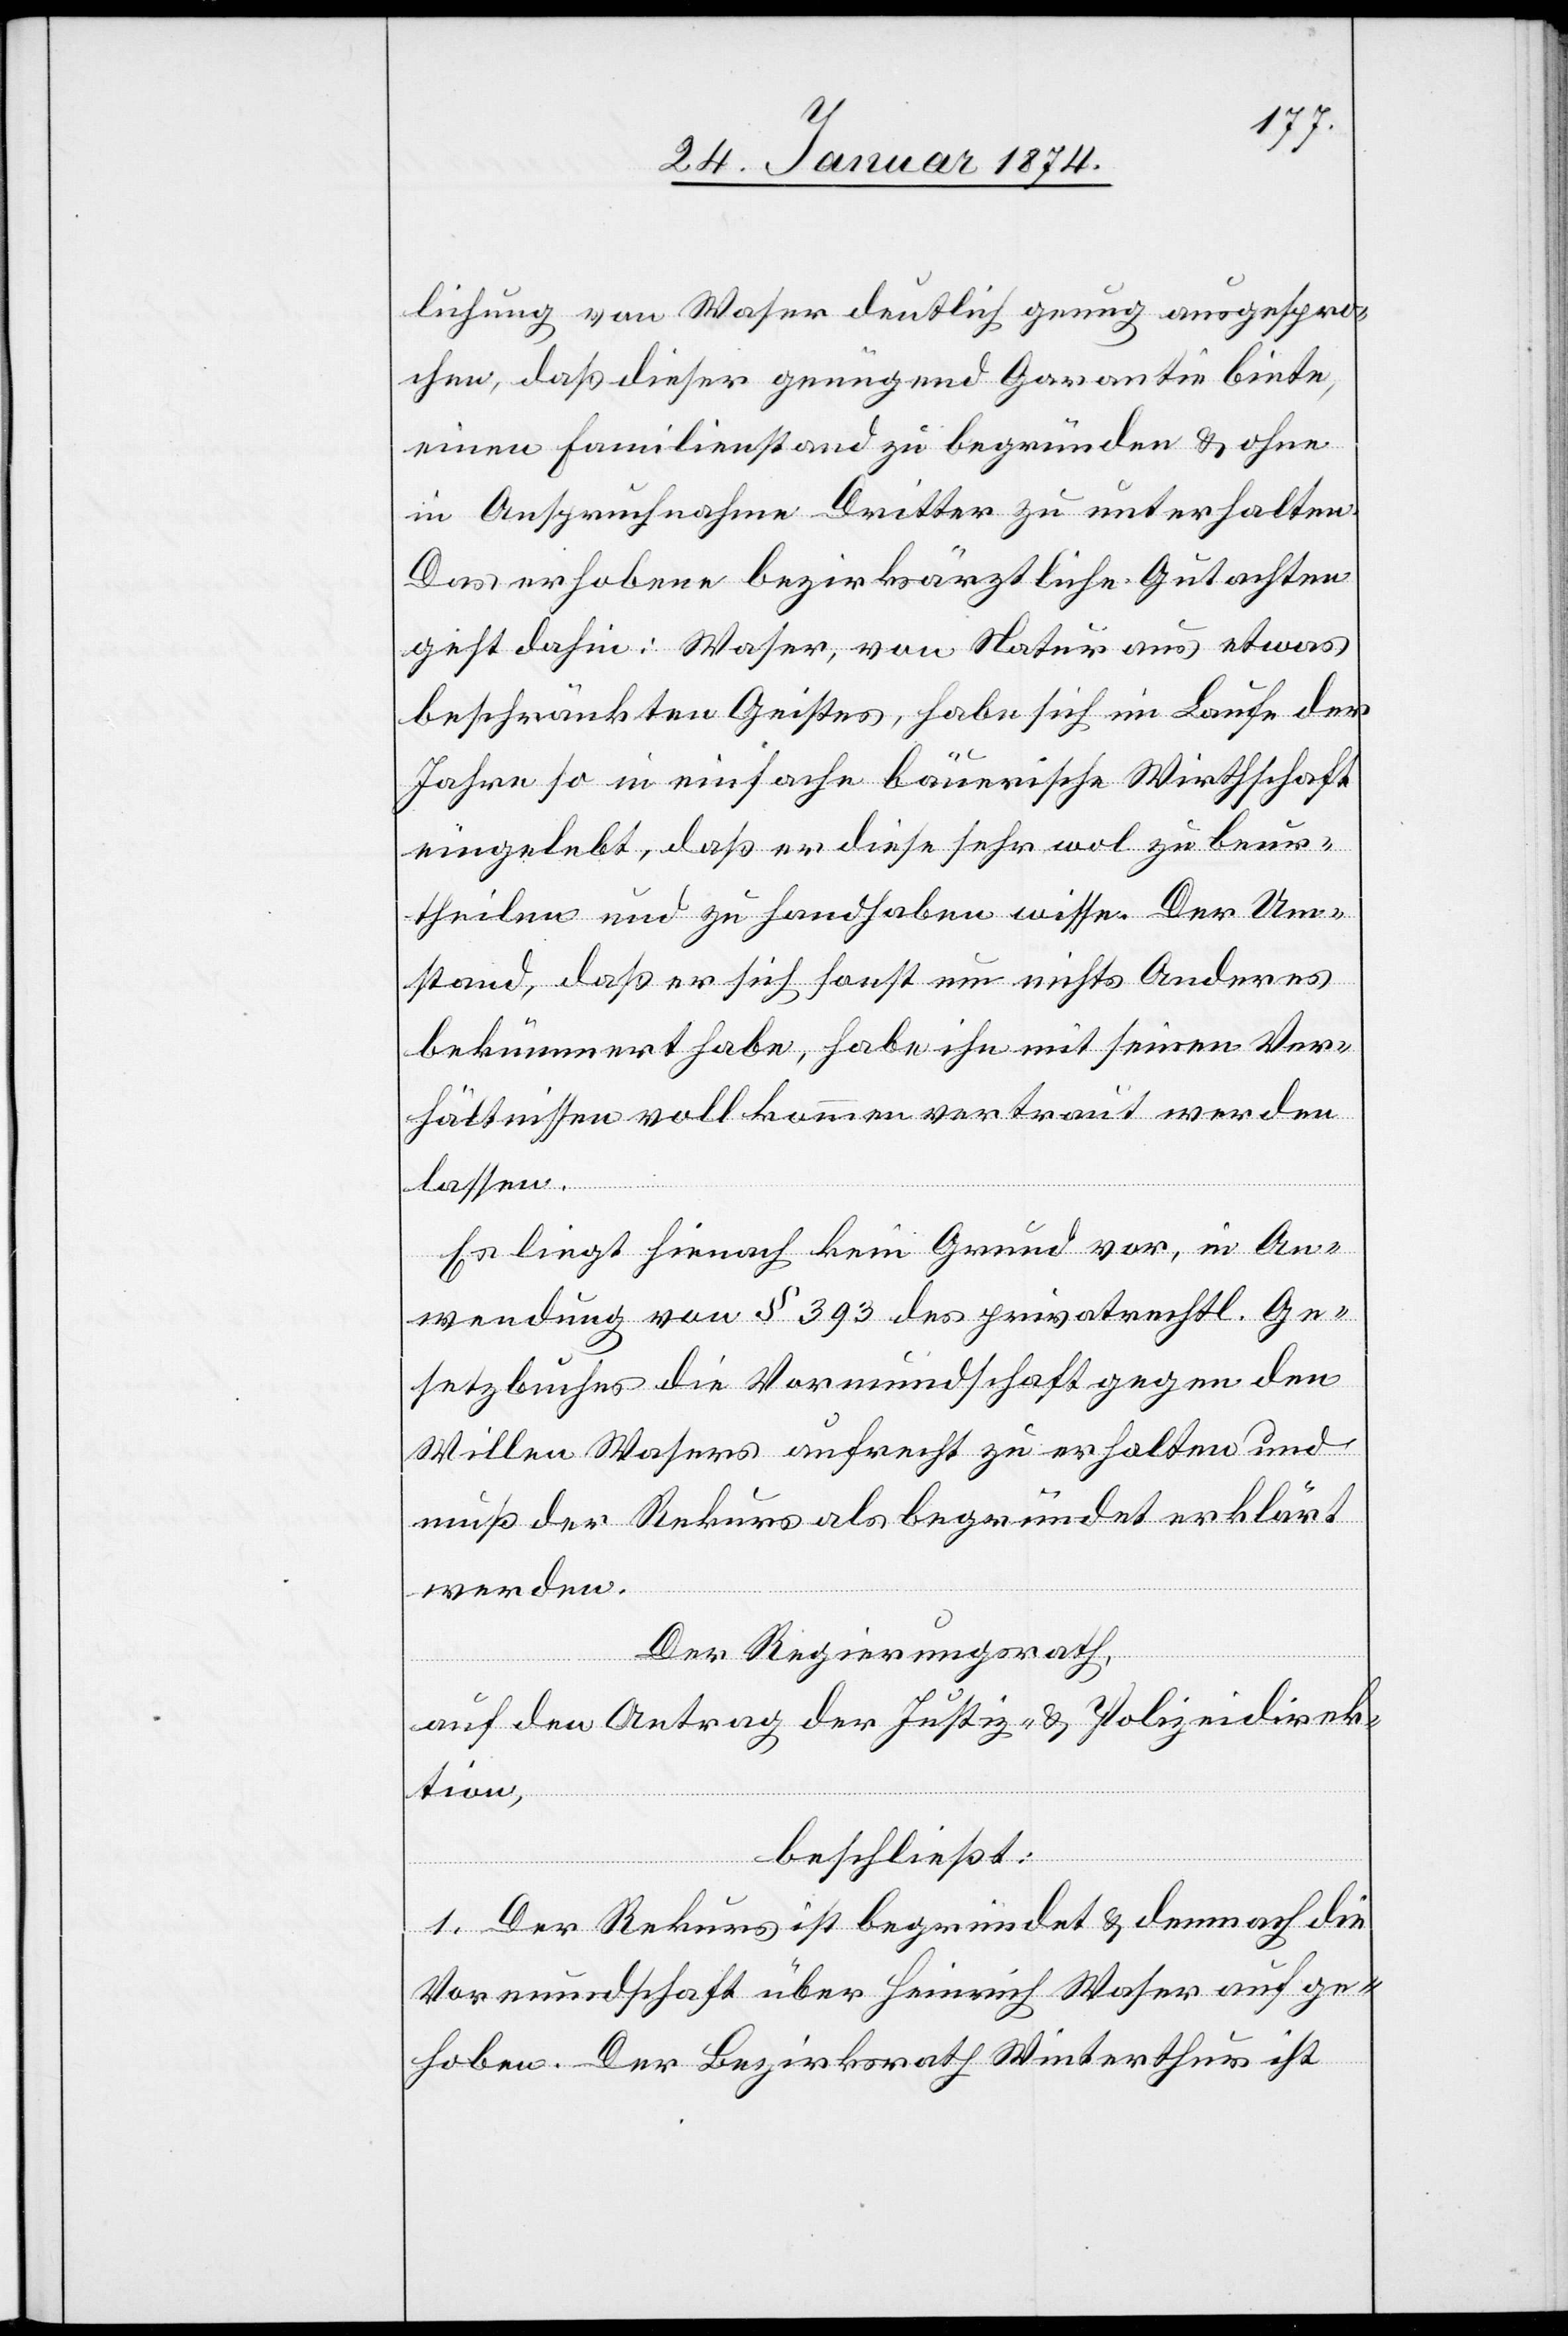
lichung von Waser deutlich genug ausgespro¬
chen, daß dieser genügend Garantie biete,
einen Familienstand zu begründen & ohne
in Anspruchnahme Dritter zu unterhalten.
Das erhobene bezirksärztliche Gutachten
geht dahin: Waser, von Natur aus etwas
beschränkten Geistes, habe sich im Laufe der
Jahre so in einfache bäuerische Wirthschaft
eingelebt, daß er diese sehr wol zu beur¬
theilen und zu handhaben wisse. Der Um¬
stand, daß er sich sonst um nichts Anderes
bekümmert habe, habe ihn mit seinen Ver¬
hältnissen vollkommen vertraut werden
lassen.
Es liegt hienach kein Grund vor, in An¬
wendung von § 393 des privatrechtl. Ge¬
setzbuches die Vormundschaft gegen den
Willen Wasers aufrecht zu erhalten und
muß der Rekurs als begründet erklärt
werden.
Der Regierungsrath,
auf den Antrag der Justiz- & Polizeidirek¬
tion,
beschließt:
1. Der Rekurs ist begründet & demnach die
Vormundschaft über Heinrich Waser aufge¬
hoben. Der Bezirksrath Winterthur ist